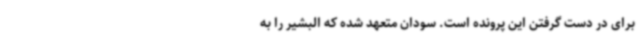
برای در دست گرفتن این پرونده است. سودان متعهد شده که البشیر را به